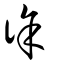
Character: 徐